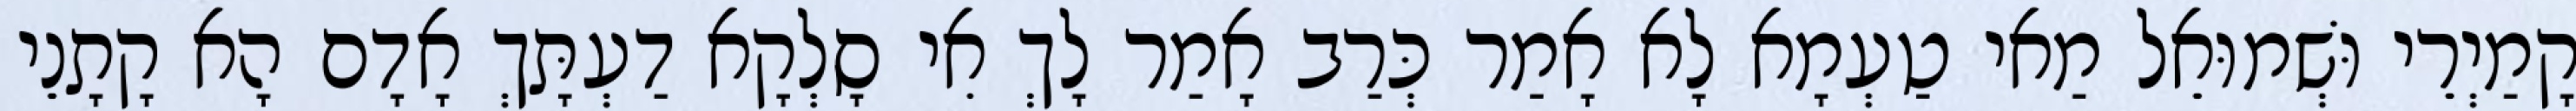
קָמַיְרֵי וּשְׁמוּאֵל מַאי טַעְמָא לָא אָמַר כְּרַב אָמַר לָךְ אִי סָלְקָא דַעְתָּךְ אָדָם הָא קָתָנֵי